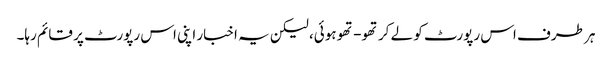
ہر طرف اس رپورٹ کو لے کر تھو- تھو ہوئی، لیکن یہ اخبار اپنی اس رپورٹ پر قائم رہا۔